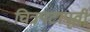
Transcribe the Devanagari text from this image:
चित्रपटापूर्वी